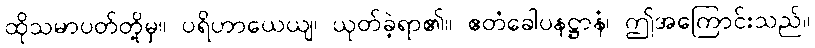
ထိုသမာပတ်တို့မှ။ ပရိဟာယေယျ၊ ယုတ်ခဲ့ရာ၏။ ဧတံခေါပနဋ္ဌာနံ၊ ဤအကြောင်းသည်။